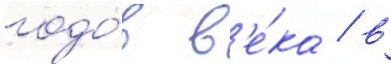
годо́в в'е́ка / в